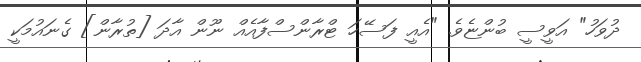
ދުވަހު" އަވީސީ ބުންޏެވެ. "އެއީ ފަސޭހަ ޓްރާންސްފާއެއް ނޫން އާދަ [ތުރާން] ގެނައުމަކީ